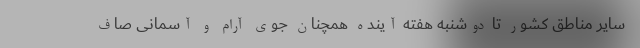
سایر مناطق کشور تا دوشنبه هفته آینده همچنان جوی آرام و آسمانی صاف